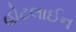
હોટલાઈન